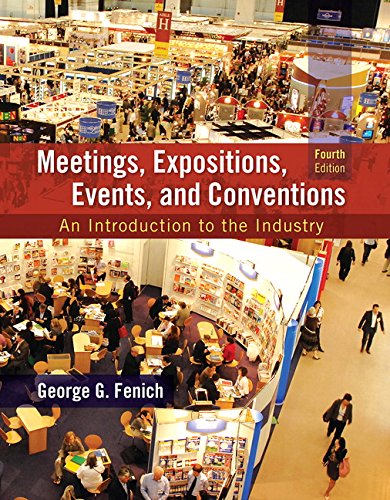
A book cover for Meetings, Expositions, Events and Conventions: An Introduction to the Industry (4th Edition); George G. Fenich Ph.D.; Business & Money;